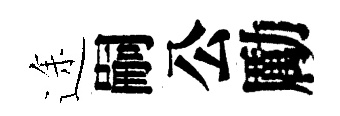
途嗣公勵